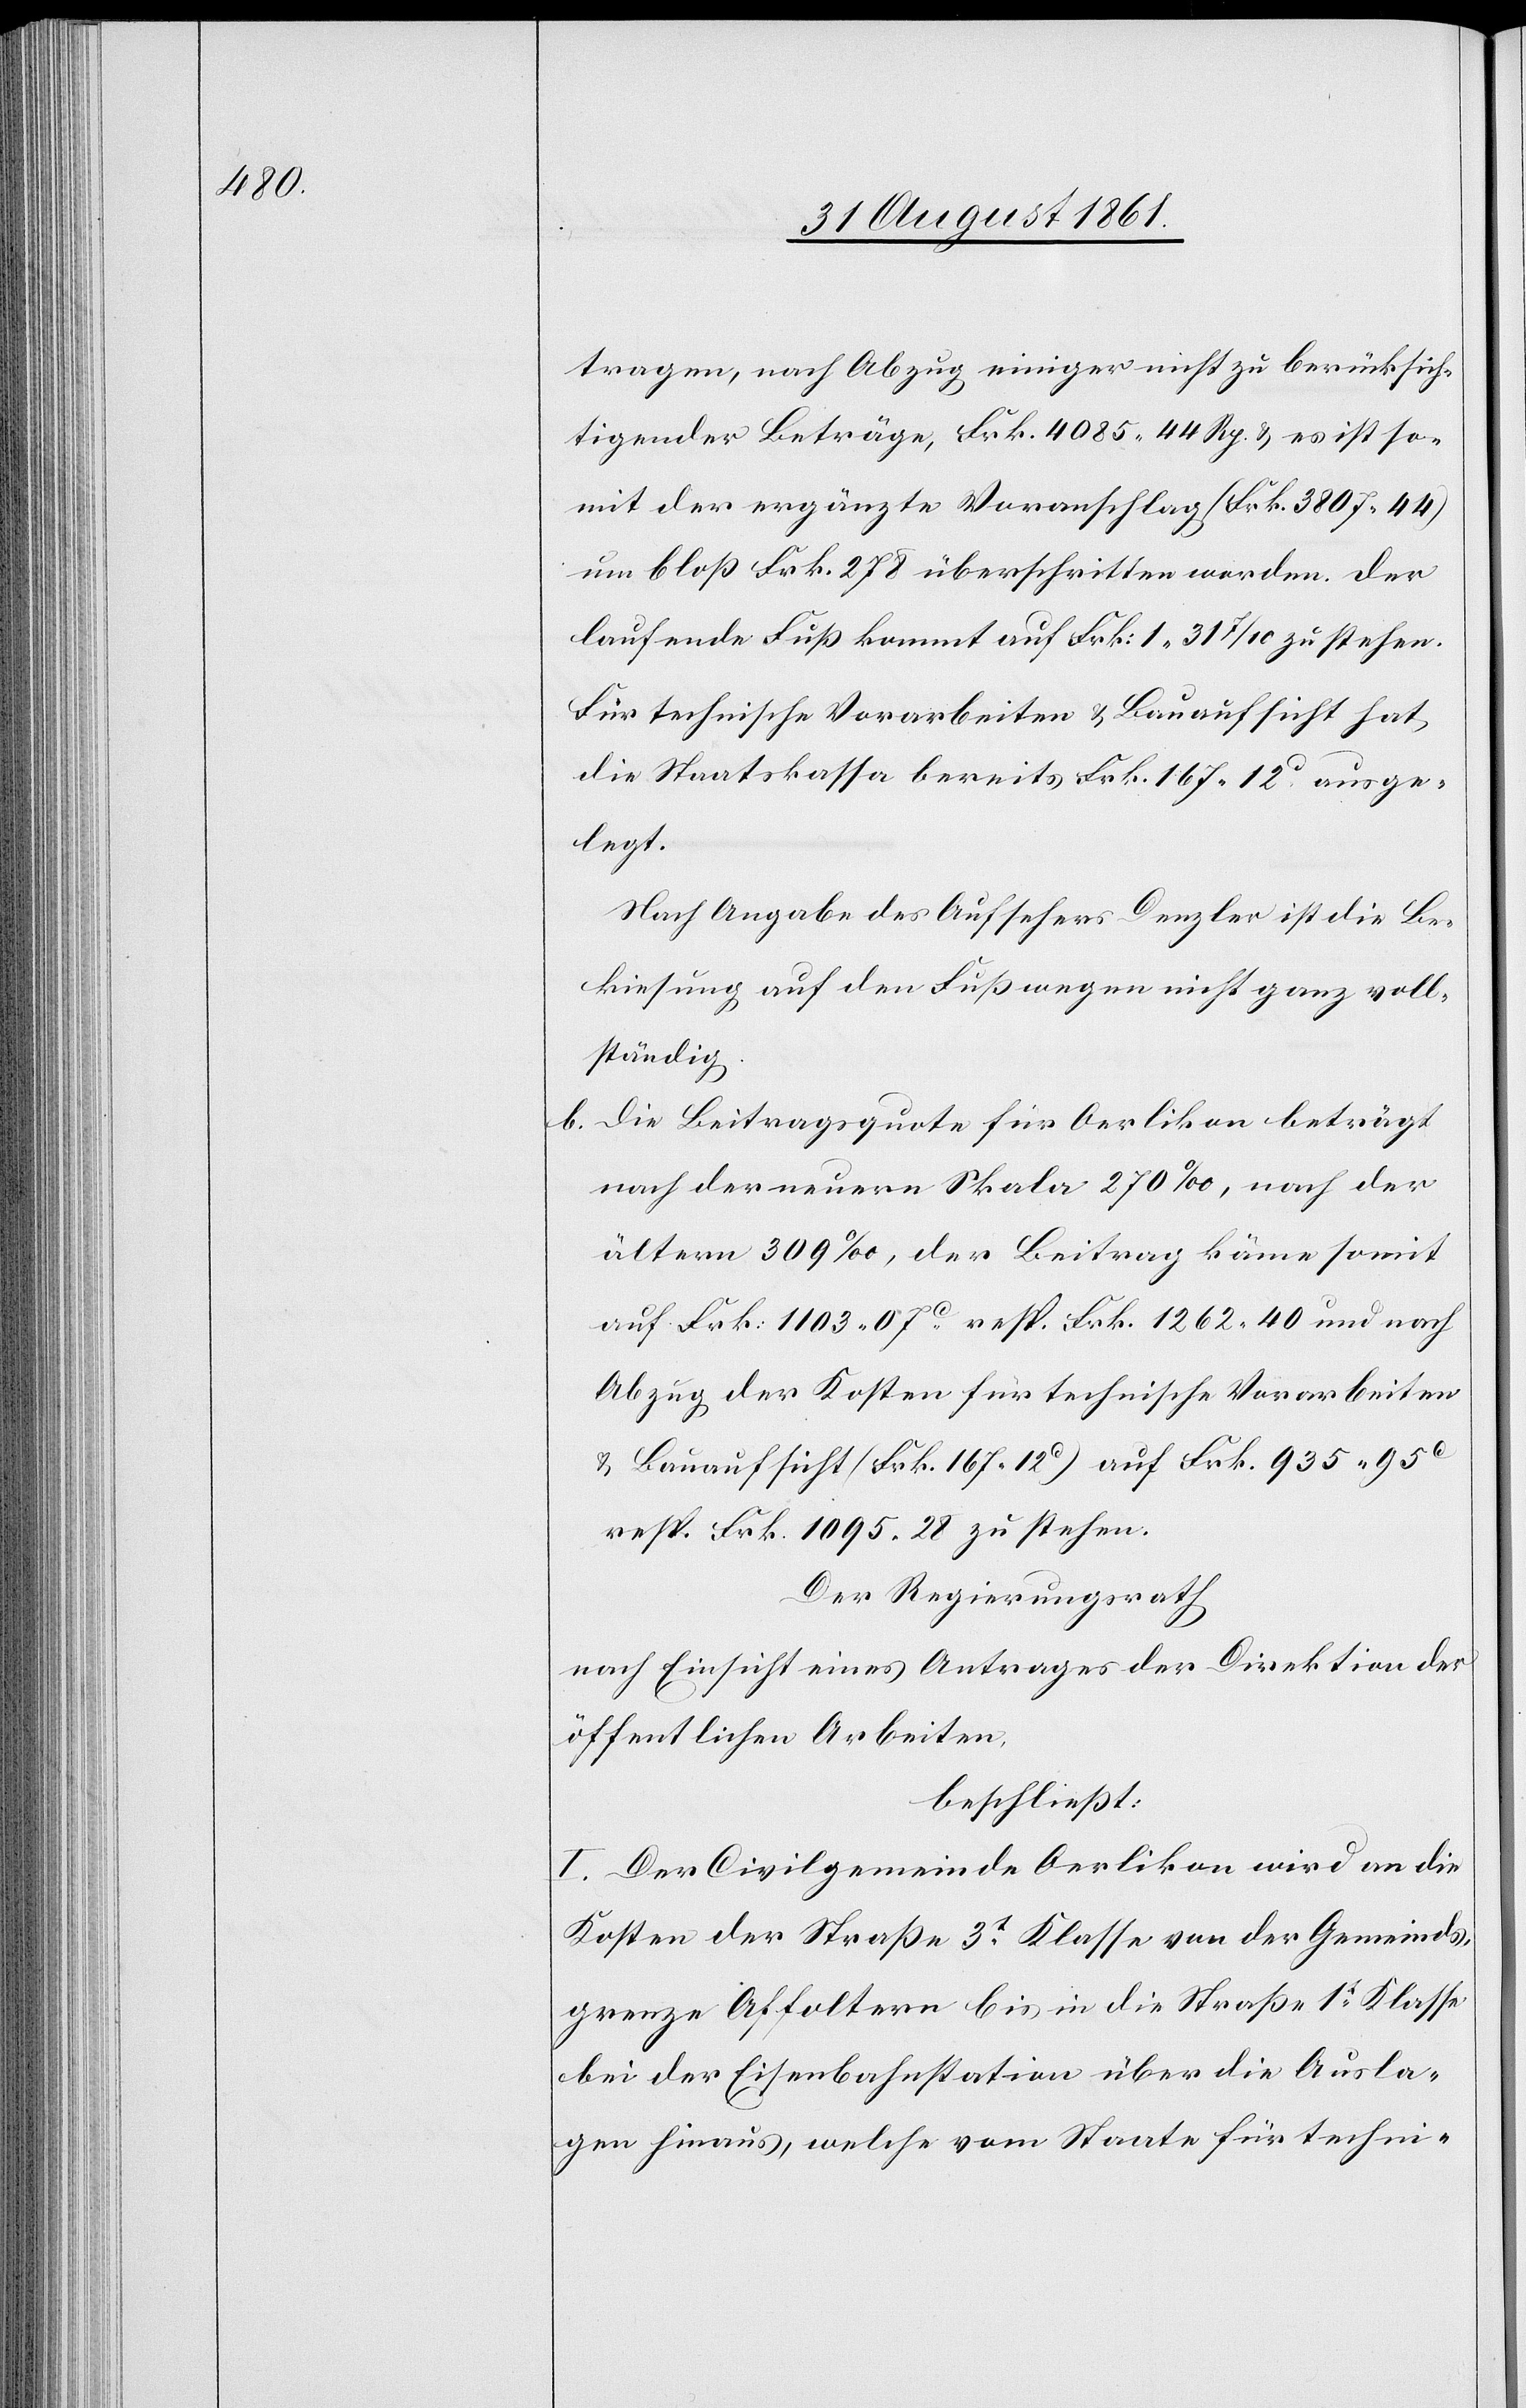
tragen, nach Abzug einiger nicht zu berücksich¬
tigender Beträge, Frk. 4085. 44 Rp. u. es ist so¬
mit der ergänzte Voranschlag (Frk. 3807.44)
um bloß Frk. 278 überschritten worden. Der
laufende Fuß kommt um Frk. 1.31 7/10 zu stehen.
Für technische Vorarbeiten u. Bauaufsicht hat
die Staatskassa bereits Frk. 167.12c ausge¬
legt.
Nach Angabe des Aufsehers Denzler ist die Be¬
kiesung auf den Fußwegen nicht ganz voll¬
ständig.
b. Die Beitragsquote für Oerlikon beträgt
nach der neuern Skala 270‰, nach der
ältern 309‰, der Beitrag käme somit
auf Frk. 1103.07c resp. Frk. 1262.40 und nach
Abzug der Kosten für technische Vorarbeiten
u. Bauaufsicht (Frk. 167.12c) auf Frk 935.95c
resp. Frk. 1095.28 zu stehen.
Der Regierungsrath
nach Einsicht eines Antrages der Direktion der
öffentlichen Arbeiten,
beschließt:
I. Der Civilgemeinde Oerlikon wird an die
Kosten der Straße 3t Klasse von der Gemeinds¬
grenze Affoltern bis in die Straße 1t Klasse
bei der Eisenbahnstation über die Ausla¬
gen hinaus, welche vom Staate für techni-